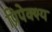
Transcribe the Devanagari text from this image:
प्रिपेक्श्य